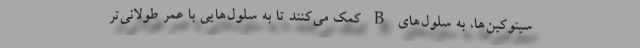
سیتوکین‌ها، به سلول‌های B کمک می‌کنند تا به سلول‌هایی با عمر طولانی‌تر